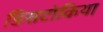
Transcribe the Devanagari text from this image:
डिसटोकिया